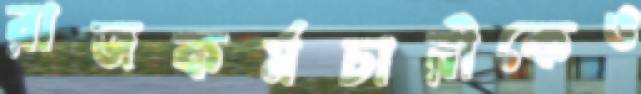
রাজকর্মচারীকেও